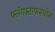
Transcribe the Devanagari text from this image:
फ्लॅगस्टाफमधील